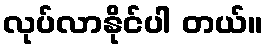
လုပ်လာနိုင်ပါ တယ်။